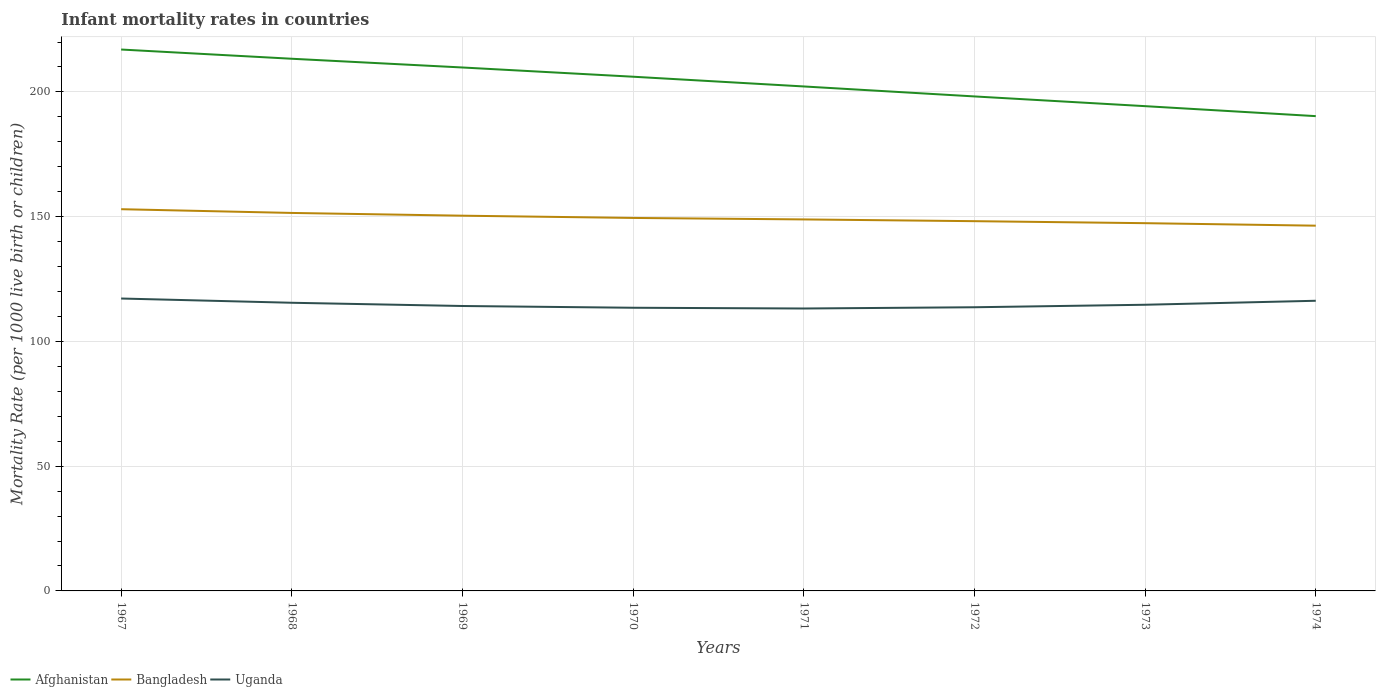
| Years | Afghanistan | Bangladesh | Uganda |
 | --- | --- | --- | --- |
 | 1967 | 217 | 153 | 117 |
 | 1968 | 213 | 152 | 116 |
 | 1969 | 210 | 150 | 114 |
 | 1970 | 206 | 150 | 114 |
 | 1971 | 202 | 149 | 113 |
 | 1972 | 198 | 148 | 114 |
 | 1973 | 194 | 147 | 115 |
 | 1974 | 190 | 146 | 116 |